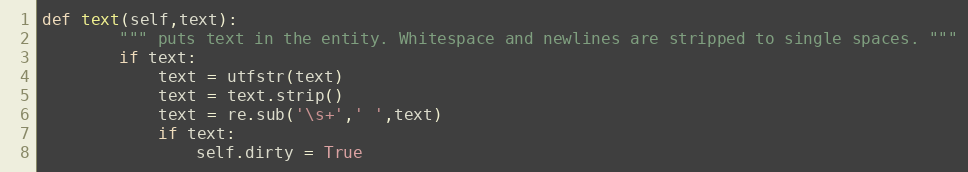
Language: Python
def text(self,text):
        """ puts text in the entity. Whitespace and newlines are stripped to single spaces. """
        if text:
            text = utfstr(text)
            text = text.strip()
            text = re.sub('\s+',' ',text)
            if text:
                self.dirty = True